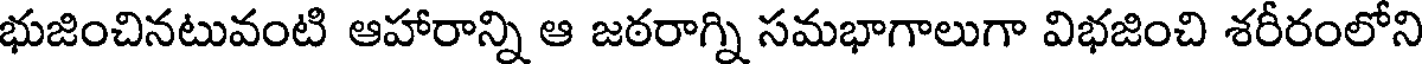
భుజించినటువంటి ఆహారాన్ని ఆ జఠరాగ్ని సమభాగాలుగా విభజించి శరీరంలోని